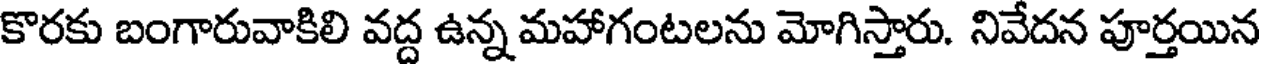
కొరకు బంగారువాకిలి వద్ద ఉన్న మహాగంటలను మోగిస్తారు. నివేదన పూర్తయిన